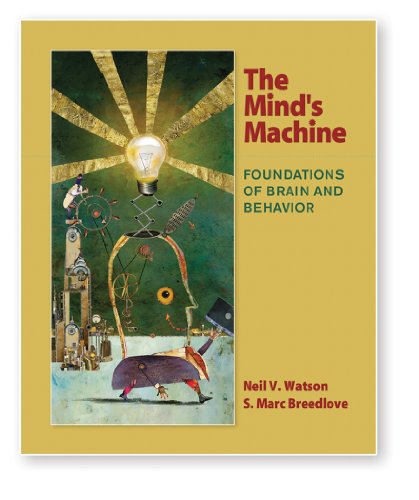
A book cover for The Mind's Machine: Foundations of Brain and Behavior (Looseleaf); Neil V. Watson; Medical Books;